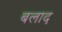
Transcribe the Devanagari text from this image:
बलाद